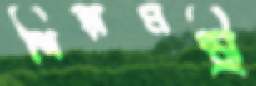
শিল্পমন্ত্রী